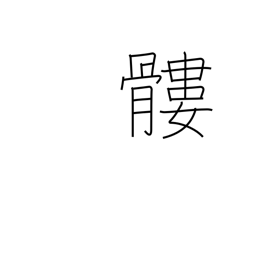
Meaning: skull